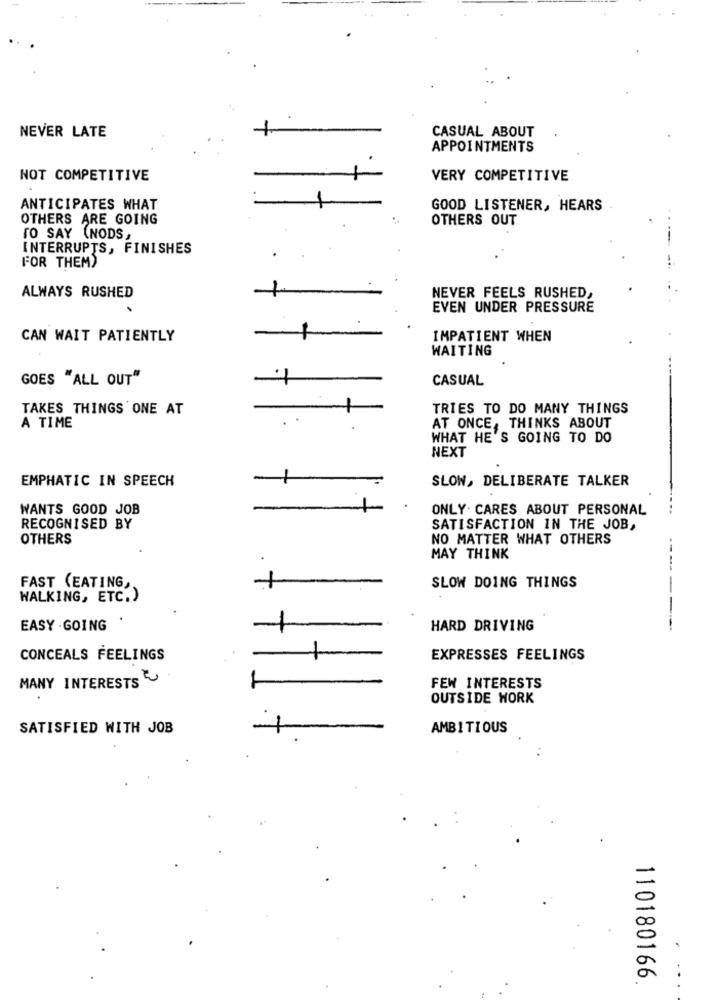
NEVER LATE
CASUAL ABOUT
APPOINTMENTS
NOT COMPETITIVE
VERY COMPETITIVE
ANTICIPATES WHAT
GOOD LISTENER, HEARS
OTHERS ARE GOING
OTHERS OUT
TO SAY (NODS,
INTERRUPTS, FINISHES
FOR THEM)
1
ALWAYS RUSHED
NEVER FEELS RUSHED,
EVEN UNDER PRESSURE
CAN WAIT PATIENTLY
IMPATIENT WHEN
WAITING
GOES "ALL OUT"
CASUAL
TAKES THINGS ONE AT
TRIES TO DO MANY THINGS
A TIME
AT ONCE, THINKS ABOUT
WHAT HE'S GOING TO DO
NEXT
EMPHATIC IN SPEECH
SLOW, DELIBERATE TALKER
WANTS GOOD JOB
ONLY. CARES ABOUT PERSONAL
RECOGNISED BY
SATISFACTION IN THE JOB,
OTHERS
NO MATTER WHAT OTHERS
MAY THINK
1
FAST (EATING,
SLOW DOING THINGS
WALKING, ETC.)
EASY - GOING
HARD DRIVING
CONCEALS FEELINGS
EXPRESSES FEELINGS
MANY INTERESTS
FEW INTERESTS
OUTSIDE WORK
SATISFIED WITH JOB
AMBITIOUS
110180166